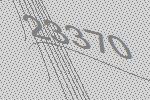
23370